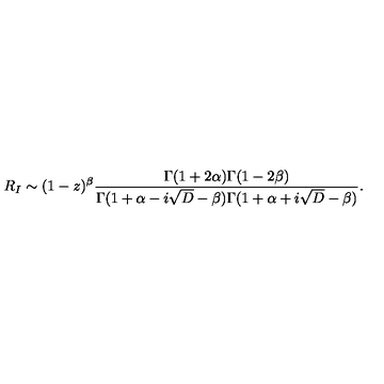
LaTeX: R _ { I } \sim ( 1 - z ) ^ { \beta } { \frac { \Gamma ( 1 + 2 \alpha ) \Gamma ( 1 - 2 \beta ) } { \Gamma ( 1 + \alpha - i \sqrt { D } - \beta ) \Gamma ( 1 + \alpha + i \sqrt { D } - \beta ) } } .